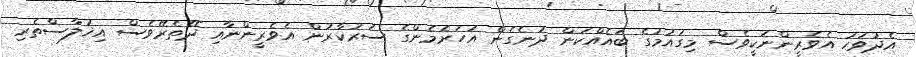
އެދުވަހު އެވެރީންނަކީވެސް މިގައުމުގެ ބައެއްކަން ދަނެގެން އަހަރެމެންގެ ސަރުކާރުން އެވެރީންނާއި ދޭތެރޭވެސް އިޚުލާސްތެރި